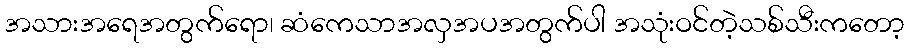
အသားအရေအတွက်ရော၊ ဆံကေသာအလှအပအတွက်ပါ အသုံးဝင်တဲ့သစ်သီးကတော့